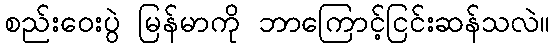
စည်းဝေးပွဲ မြန်မာကို ဘာကြောင့်ငြင်းဆန်သလဲ။